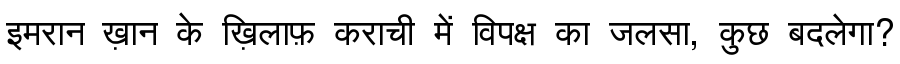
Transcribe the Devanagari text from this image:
इमरान ख़ान के ख़िलाफ़ कराची में विपक्ष का जलसा, कुछ बदलेगा?